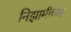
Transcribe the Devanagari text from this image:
निझामीच्या